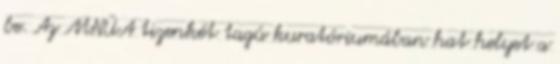
be. Az MNÜA tizenkét tagú kuratóriumában hat helyet a